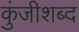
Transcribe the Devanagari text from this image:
कुंजीशब्द